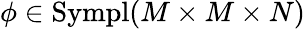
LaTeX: \phi\in\textup{Sympl}(M\times M\times N)